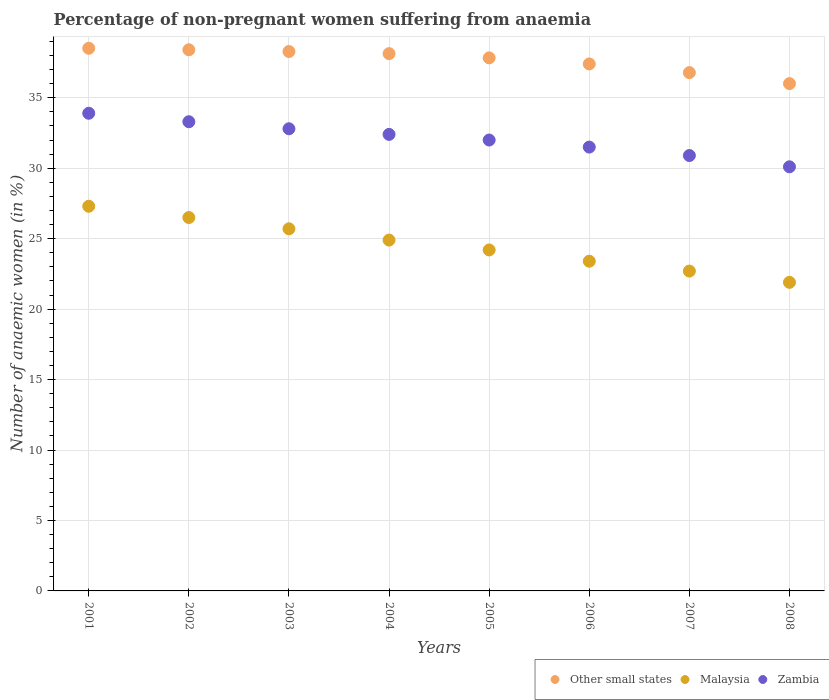
| Years | Other small states | Malaysia | Zambia |
 | --- | --- | --- | --- |
 | 2001 | 38.5 | 27.3 | 33.9 |
 | 2002 | 38.4 | 26.5 | 33.3 |
 | 2003 | 38.3 | 25.7 | 32.8 |
 | 2004 | 38.1 | 24.9 | 32.4 |
 | 2005 | 37.8 | 24.2 | 32 |
 | 2006 | 37.4 | 23.4 | 31.5 |
 | 2007 | 36.8 | 22.7 | 30.9 |
 | 2008 | 36 | 21.9 | 30.1 |